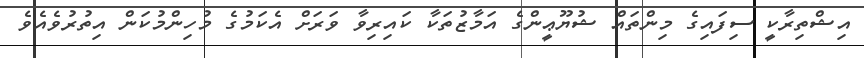
އިޝްތިރާކީ ސިފައިގެ މިންތައް ޝުޔޫޢީންގެ އަމާޒުތަކާ ކައިރިވާ ވަރަށް އެކަމުގެ މުހިންމުކަން އިތުރުވެއެވެ